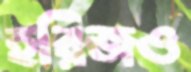
হরিজও